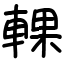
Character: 輠